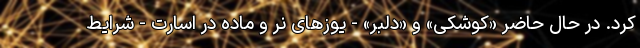
کرد. در حال حاضر «کوشکی» و «دلبر» - یوزهای نر و ماده در اسارت - شرایط